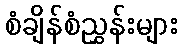
စံချိန်စံညွှန်းများ